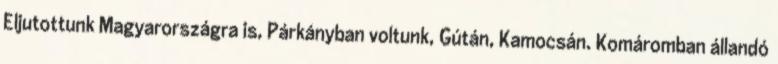
Eljutottunk Magyarországra is, Párkányban voltunk, Gútán, Kamocsán. Komáromban állandó